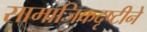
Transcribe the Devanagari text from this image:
सामाजिकदृष्टीने